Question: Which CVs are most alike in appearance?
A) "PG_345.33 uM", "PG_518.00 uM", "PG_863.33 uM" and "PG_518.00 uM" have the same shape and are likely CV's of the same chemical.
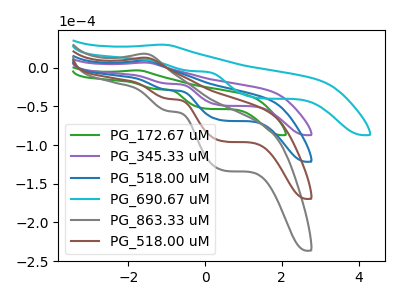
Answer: <think>The green curve "PG_172.67 uM" has an anodic peak at (-1.80V, -3.45uA) and cathodic peaks at (-1.25V, -27.80uA) (0.05V, -53.10uA). The purple curve "PG_345.33 uM" has an anodic peak at (-1.60V, 6.65uA) and cathodic peaks at (-0.95V, -20.65uA) (0.50V, -48.95uA). The blue curve "PG_518.00 uM" has an anodic peak at (-1.60V, 9.30uA) and cathodic peaks at (-0.95V, -28.80uA) (0.50V, -68.30uA). The cyan curve "PG_690.67 uM" has an anodic peak at (-1.15V, 29.75uA) and cathodic peaks at (-0.35V, -4.25uA) (1.45V, -39.55uA). The gray curve "PG_863.33 uM" has an anodic peak at (-1.60V, 27.90uA) and cathodic peaks at (-0.95V, -86.40uA) (0.50V, -204.85uA). The brown curve "PG_518.00 uM" has an anodic peak at (-1.60V, 18.60uA) and cathodic peaks at (-0.95V, -57.60uA) (0.50V, -136.55uA).
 "PG_172.67 uM" and "PG_345.33 uM" have at least one peak that do not match. "PG_172.67 uM" and "PG_518.00 uM" have at least one peak that do not match. "PG_172.67 uM" and "PG_690.67 uM" have at least one peak that do not match. "PG_172.67 uM" and "PG_863.33 uM" have at least one peak that do not match. "PG_172.67 uM" and "PG_518.00 uM" have at least one peak that do not match. All the peaks in "PG_345.33 uM" have a peak in "PG_518.00 uM" at the same potential. Every peak in "PG_345.33 uM" is lower than every peak in "PG_518.00 uM". "PG_345.33 uM" and "PG_690.67 uM" have at least one peak that do not match. All the peaks in "PG_345.33 uM" have a peak in "PG_863.33 uM" at the same potential. Every peak in "PG_345.33 uM" is lower than every peak in "PG_863.33 uM". All the peaks in "PG_345.33 uM" have a peak in "PG_518.00 uM" at the same potential. Every peak in "PG_345.33 uM" is lower than every peak in "PG_518.00 uM". "PG_518.00 uM" and "PG_690.67 uM" have at least one peak that do not match. All the peaks in "PG_518.00 uM" have a peak in "PG_863.33 uM" at the same potential. Every peak in "PG_518.00 uM" is lower than every peak in "PG_863.33 uM". All the peaks in "PG_518.00 uM" have a peak in "PG_518.00 uM" at the same potential. Every peak in "PG_518.00 uM" is lower than every peak in "PG_518.00 uM". "PG_690.67 uM" and "PG_863.33 uM" have at least one peak that do not match. "PG_690.67 uM" and "PG_518.00 uM" have at least one peak that do not match. All the peaks in "PG_863.33 uM" have a peak in "PG_518.00 uM" at the same potential. Every peak in "PG_863.33 uM" is higher than every peak in "PG_518.00 uM".</think>
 <answer>A) "PG_345.33 uM", "PG_518.00 uM", "PG_863.33 uM" and "PG_518.00 uM" have the same shape and are likely CV's of the same chemical.</answer>
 <eval>A</eval>